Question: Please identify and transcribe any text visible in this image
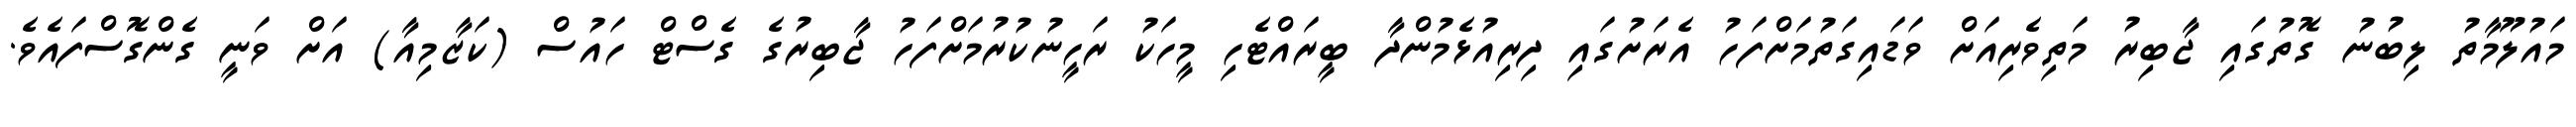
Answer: މައުލޫމާތު ލިބުނު ގޮތުގައި ޖާބިރު މަތިވެރިއަށް ވަޑައިގަތުމަށްފަހު އެރަށުގައި ދިރިއުޅެމުންދާ ބީރައްޓެހި މީހަކު ރަހީނުކުރުމަށްފަހު ޖާބިރުގެ ގެސްޓް ހައުސް (ކަޒާމިއާ) އަށް ވަނީ ގެންގޮސްފައެވެ.